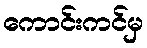
ကောင်းကင်မှ